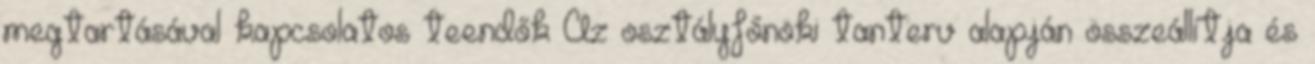
megtartásával kapcsolatos teendők Az osztályfőnöki tanterv alapján összeállítja és